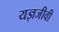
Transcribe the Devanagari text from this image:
यज्ञजीवी